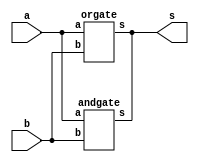
// -------------------------
// Exemplo0031 - F4
// Nome: Andre Henriques Fernandes
// -------------------------
// -------------------------
//  f4_gate
// -------------------------
module f4 (output [3:0] s,
                    input  [3:0] a,
                    input  [3:0] b);
	// descrever por portas
	andgate AND1(s,a,b);
	orgate OR1(s,a,b);

endmodule // f4

module andgate(output [3:0] s,
                    input  [3:0] a,
                    input  [3:0] b);
	assign s = a & b;
endmodule //andgate

module orgate(output [3:0] s,
                    input  [3:0] a,
                    input  [3:0] b);
	assign s = a | b;
endmodule //orgate

module test_f4;
// ------------------------- definir dados
	reg  [3:0] x;
	reg  [3:0] y;
	wire [3:0] z;
	f4 modulo (z, x, y);
// ------------------------- parte principal
   initial begin
      $display("Exemplo0031 - Andre Henriques Fernandes - 427386");
      $display("Test LU's module");
		x = 4'b0011;      y = 4'b0101;
   	// projetar testes do modulo
		#1 $display("%3b %3b %3b",x,y,z);
		
		$monitor("%4b %4b = %4b",x,y,z);
		#1 x = 4'b0011;      y = 4'b0110;
end
endmodule // test_f4